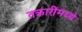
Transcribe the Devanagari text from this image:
तक्रारींमध्ये